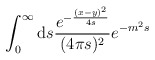
\begin{align*}\int_0^\infty\mathrm{d}s\frac{e^{-\frac{(x-y)^2}{4s}}}{(4\pi s)^2}e^{-m^2s}\end{align*}